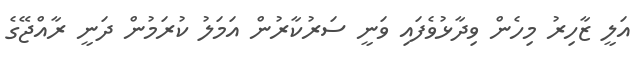
އަލީ ޒާހިރު މިހެން ވިދާޅުވެފައި ވަނީ ސަރުކާރުން އަމަލު ކުރަމުން ދަނީ ރާއްޖޭގެ